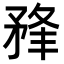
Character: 𥍮